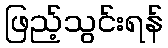
ဖြည့်သွင်းရန်